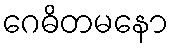
ဂေဓိတမနော